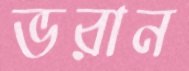
ভরান